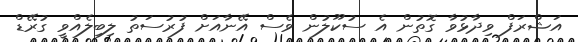
އަޝްރަފް ވިދާޅުވާ ގޮތުން އެ ސުކޫލުން ވެސް އޭނާއަށް ފުރުސަތު ލިބިލެއްވީ ގުރޭޑް